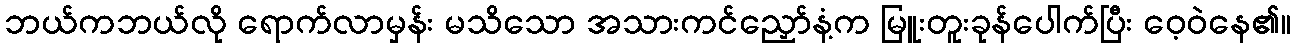
ဘယ်ကဘယ်လို ရောက်လာမှန်း မသိသော အသားကင်ညှော်နံ့က မြူးတူးခုန်ပေါက်ပြီး ဝေ့ဝဲနေ၏။